Vabadussoja_Ajaloo_Komitee, lk 13
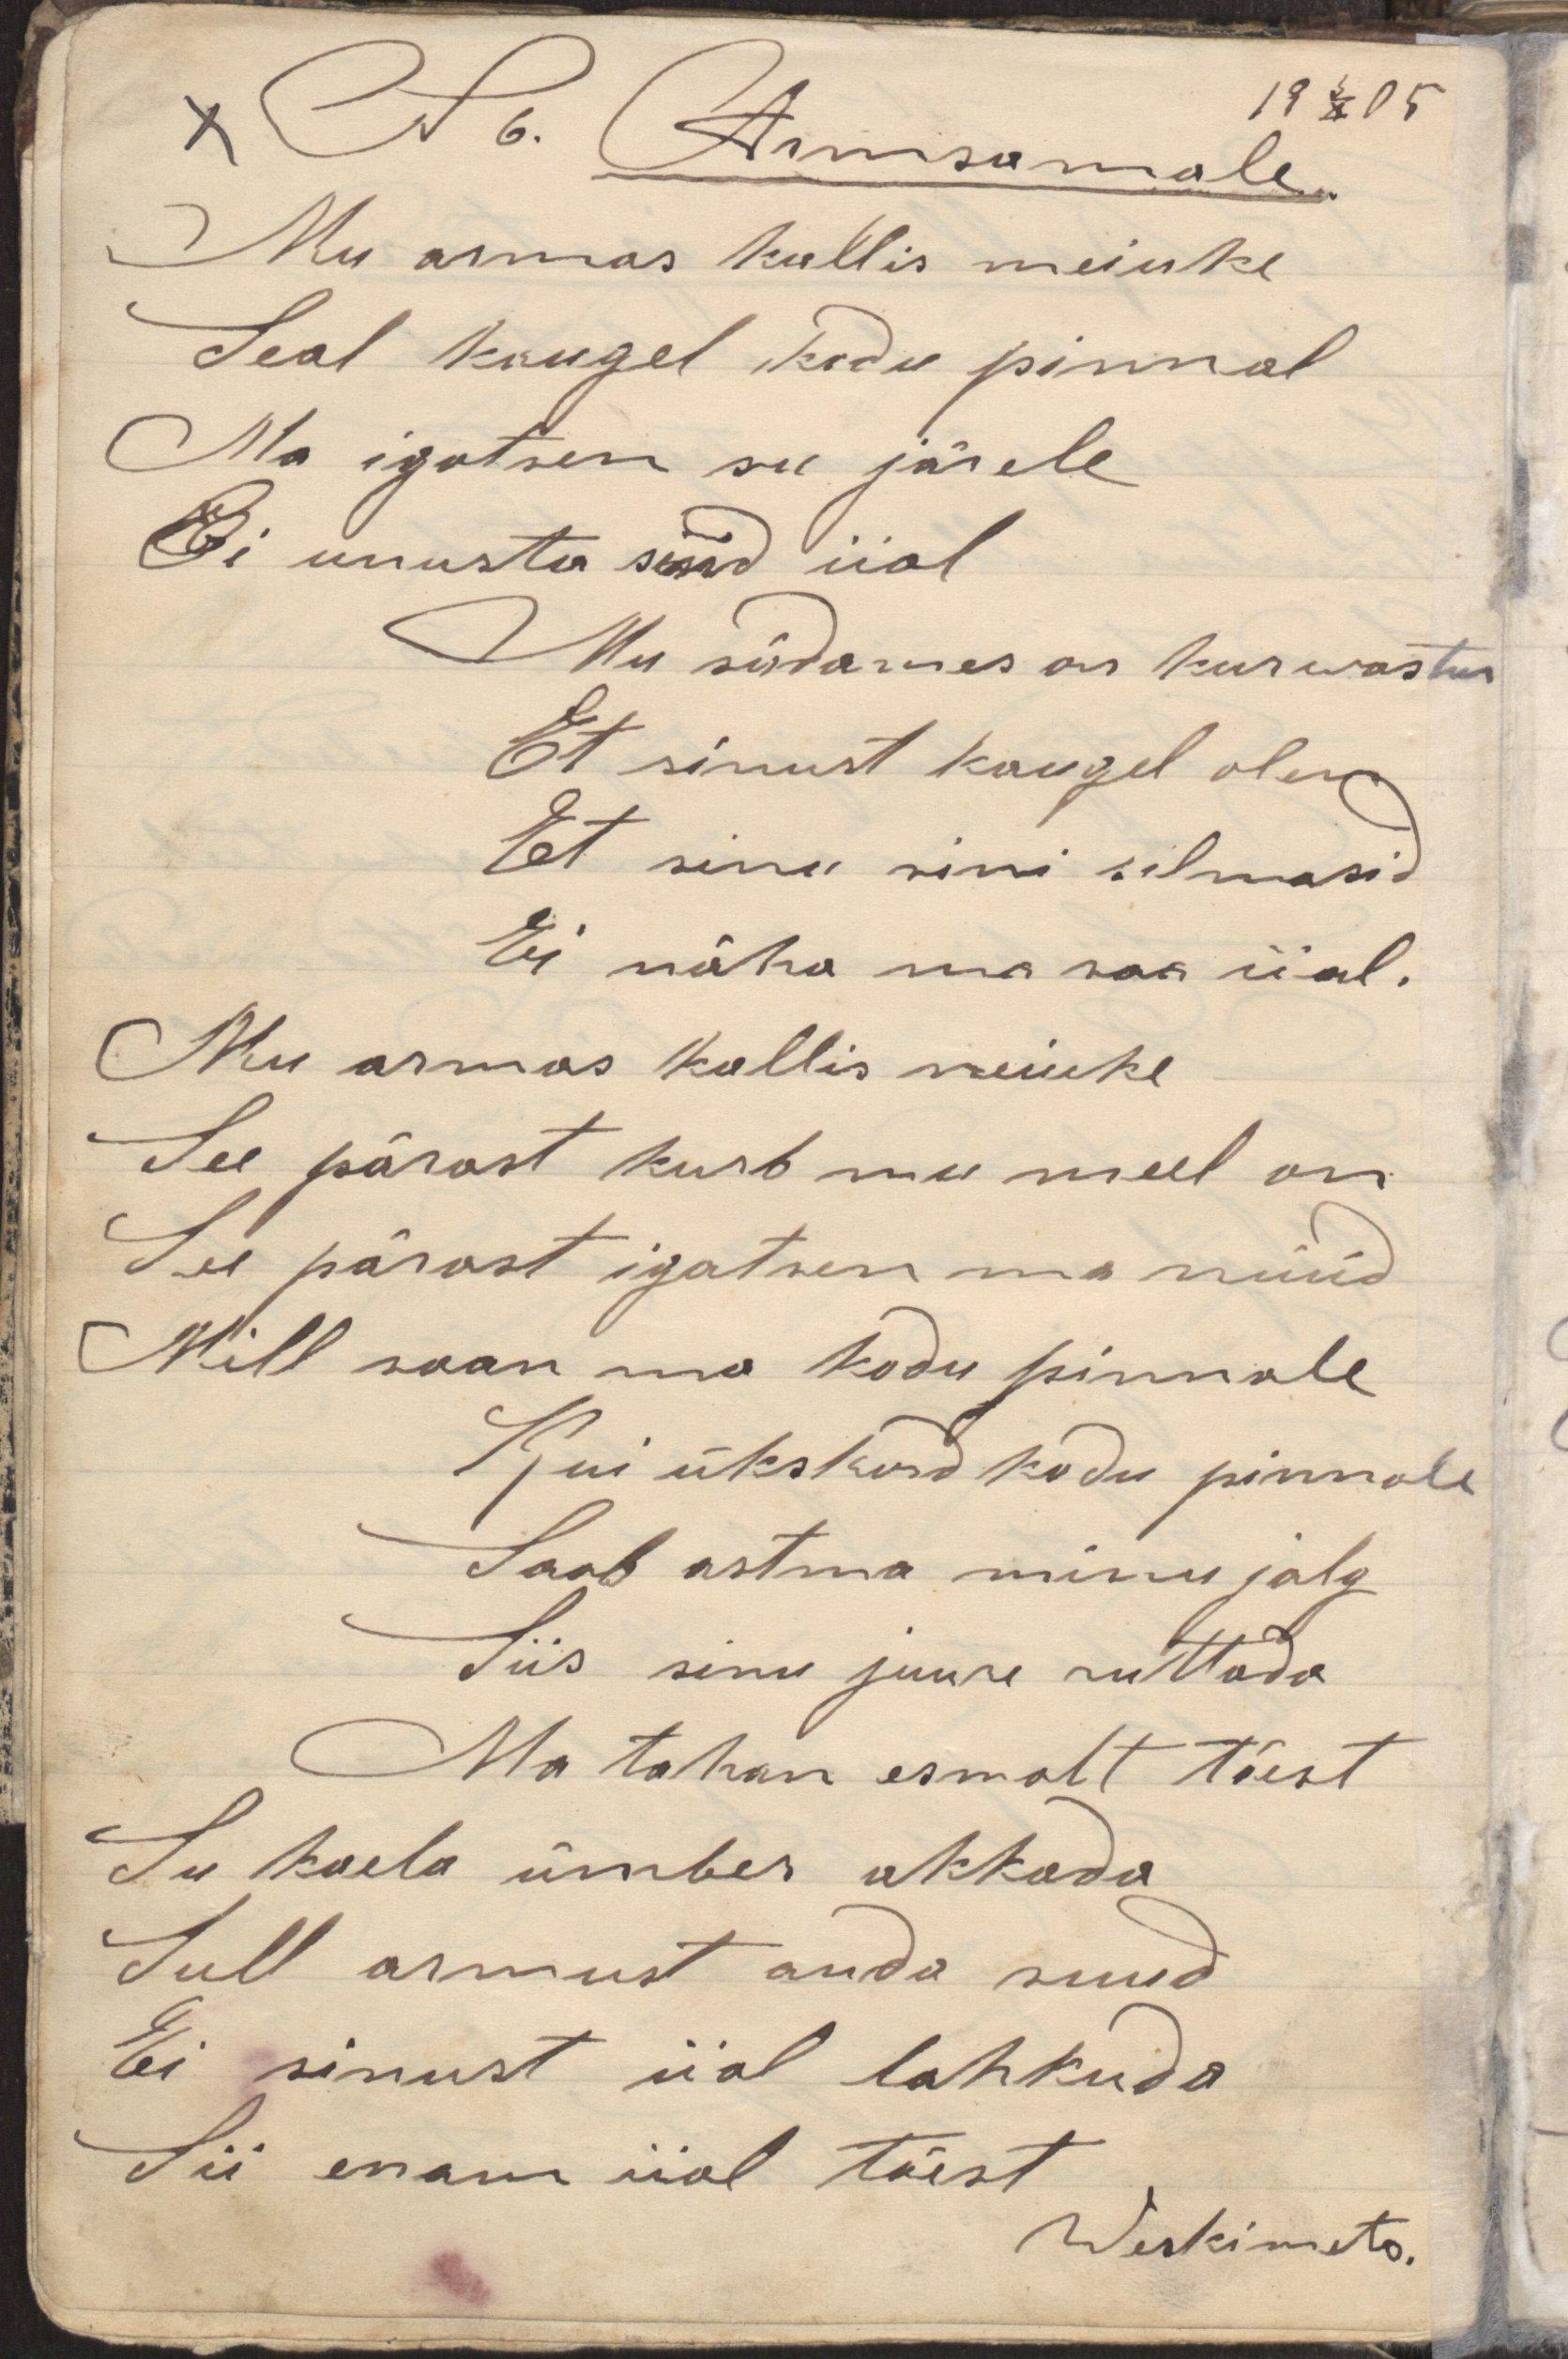
Mu armas kallis neiuke
Seal kaugel kodu pinnal
Ma igatsen su järele
Ei unusta sind iial
Mu südames on kurwastus
Et sinust kaugel olen
Et sinu sini silmasid
Ei näha ma saa iial.
Mu armas kallis neiuke
Su pärast kurb mu meel on
Su pärast igatsen ma nüüd
Mill saan ma kodu pinnale
Kui ükskord kodu pinnale
Saab astma minu jalg
Siis sinu juure ruttada
Ma tahan esmalt tõest
Su kaela ümber akkada
Sull armust anda suud
Ei sinust iial lahkuda
Sii enam iial tõest
19 3/X 05
N 6. Armsamale.
Weskimets.